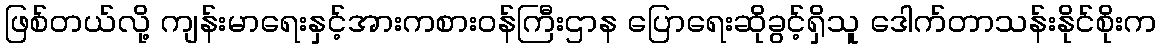
ဖြစ်တယ်လို့ ကျန်းမာရေးနှင့်အားကစားဝန်ကြီးဌာန ပြောရေးဆိုခွင့်ရှိသူ ဒေါက်တာသန်းနိုင်စိုးက